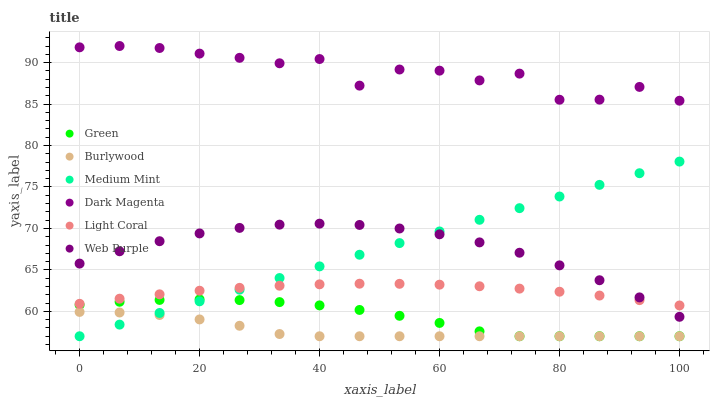
| xaxis_label | Green | Burlywood | Medium Mint | Dark Magenta | Light Coral | Web Purple |
 | --- | --- | --- | --- | --- | --- | --- |
 | 0 | 60.8 | 59.9 | 57 | 91.8 | 60.9 | 65.8 |
 | 6.67 | 61.2 | 59.9 | 58.4 | 92 | 61.5 | 67.2 |
 | 13.3 | 61.4 | 59.6 | 59.8 | 91.8 | 62.1 | 68.5 |
 | 20 | 61.4 | 59 | 61.2 | 91.1 | 62.5 | 69.4 |
 | 26.7 | 61.4 | 58.3 | 62.6 | 90.6 | 62.8 | 70.1 |
 | 33.3 | 61.1 | 57.3 | 64 | 89.9 | 63.1 | 70.5 |
 | 40 | 60.7 | 57 | 65.4 | 90.4 | 63.3 | 70.6 |
 | 46.7 | 60.2 | 57 | 66.8 | 87.2 | 63.3 | 70.4 |
 | 53.3 | 59.5 | 57 | 68.2 | 89.2 | 63.3 | 70 |
 | 60 | 58.6 | 57 | 69.6 | 89 | 63.2 | 69.3 |
 | 66.7 | 57.6 | 57 | 71 | 87.9 | 63 | 68.3 |
 | 73.3 | 57 | 57 | 72.4 | 88.7 | 62.7 | 67.1 |
 | 80 | 57 | 57 | 73.9 | 85.5 | 62.4 | 65.5 |
 | 86.7 | 57 | 57 | 75.3 | 85.5 | 61.9 | 63.8 |
 | 93.3 | 57 | 57 | 76.7 | 87.1 | 61.4 | 61.7 |
 | 100 | 57 | 57 | 78.1 | 85.4 | 60.7 | 59.3 |